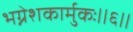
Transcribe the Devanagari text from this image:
भग्नेशकार्मुकः॥६॥